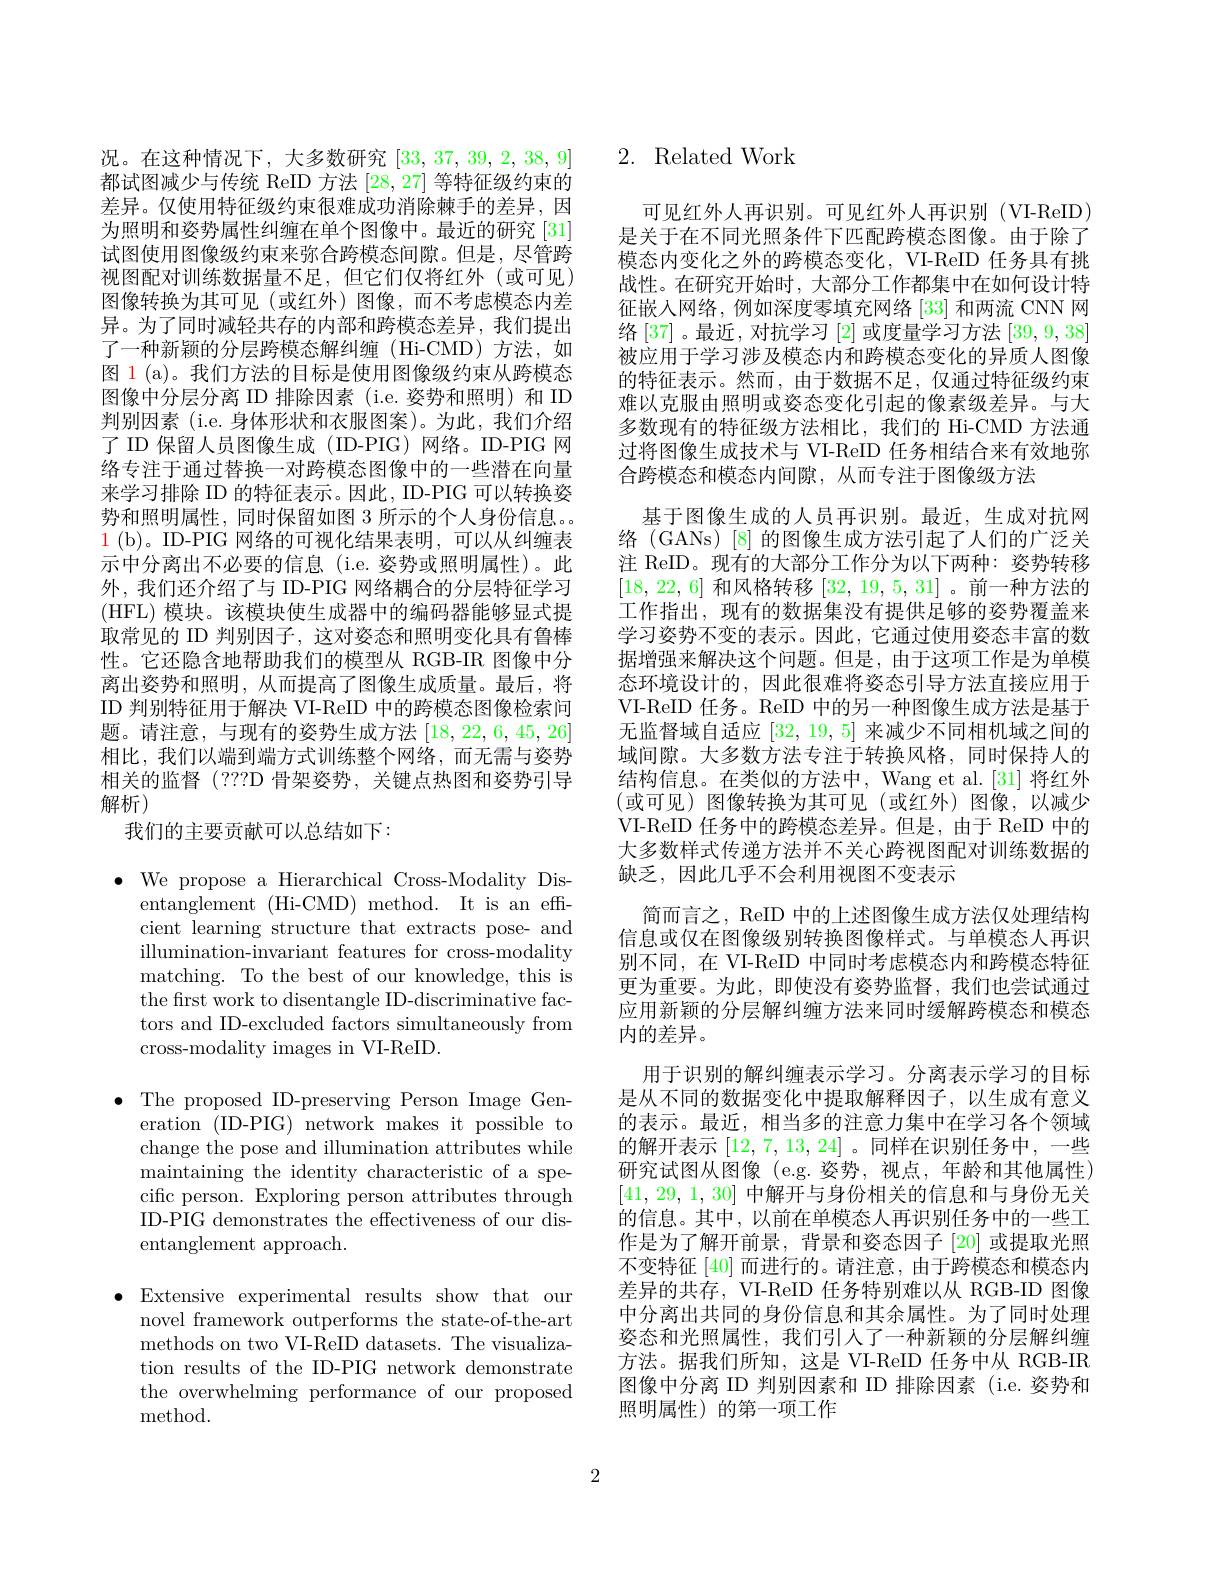
况。在这种情况下，大多数研究[33,37,39,2,38,9] 都试图减少与传统 ReID 方法[28,27]等特征级约束的差异。仅使用特征级约束很难成功消除棘手的差异，因为照明和姿势属性纠缠在单个图像中。最近的研究 [31] 试图使用图像级约束来弥合跨模态间隙。但是，尽管跨视图配对训练数据量不足，但它们仅将红外(或可见) 图像转换为其可见(或红外)图像，而不考虑模态内差异。为了同时减轻共存的内部和跨模态差异，我们提出了一种新颖的分层跨模态解纠缠(Hi-CMD)方法，如图 1 (a)。我们方法的目标是使用图像级约束从跨模态图像中分层分离 ID 排除因素 (i.e. 姿势和照明) 和 ID 判别因素 (i.e. 身体形状和衣服图案)。为此，我们介绍了 ID 保留人员图像生成 (ID-PIG) 网络。ID-PIG 网络专注于通过替换一对跨模态图像中的一些潜在向量来学习排除 ID 的特征表示。因此，ID-PIG 可以转换姿势和照明属性，同时保留如图 3 所示的个人身份信息。$\color{red}1$(b)。ID-PIG 网络的可视化结果表明，可以从纠缠表示中分离出不必要的信息(i.e.姿势或照明属性)。此外，我们还介绍了与 ID-PIG 网络耦合的分层特征学习(HFL) 模块。该模块使生成器中的编码器能够显式提取常见的 ID 判别因子，这对姿态和照明变化具有鲁棒性。它还隐含地帮助我们的模型从 RGB-IR 图像中分离出姿势和照明，从而提高了图像生成质量。最后，将ID 判别特征用于解决 VI-ReID 中的跨模态图像检索问题。请注意，与现有的姿势生成方法[18,22,6,45,26] 相比，我们以端到端方式训练整个网络，而无需与姿势相关的监督(???D 骨架姿势，关键点热图和姿势引导解析)
我们的主要贡献可以总结如下：

$\bullet$ We propose a Hierarchical Cross-Modality Dis-
entanglement (Hi-CMD) method. It is an effcient learning structure that extracts pose- and illumination-invariant features for cross-modality matching. To the best of our knowledge, this is the first work to disentangle ID-discriminative factors and ID-excluded factors simultaneously from cross-modality images in VI-ReID.

$\bullet$ The proposed ID-preserving Person Image Gen-
eration (ID-PIG) network makes it possible to change the pose and illumination attributes while maintaining the identity characteristic of a specific person. Exploring person attributes through ID-PIG demonstrates the effectiveness of our disentanglement approach.

$\bullet$ Extensive experimental results show that our
novel framework outperforms the state-of-the-art methods on two VI-ReID datasets. The visualization results of the ID-PIG network demonstrate the overwhelming performance of our proposed method.

# 2. Related Work

可见红外人再识别。可见红外人再识别(VI-ReID) 是关于在不同光照条件下匹配跨模态图像。由于除了模态内变化之外的跨模态变化，VI-ReID 任务具有挑战性。在研究开始时，大部分工作都集中在如何设计特征嵌入网络，例如深度零填充网络[33]和两流 CNN 网络[37]。最近，对抗学习[2]或度量学习方法[39,9,38] 被应用于学习涉及模态内和跨模态变化的异质人图像的特征表示。然而，由于数据不足，仅通过特征级约束难以克服由照明或姿态变化引起的像素级差异。与大多数现有的特征级方法相比，我们的 Hi-CMD 方法通过将图像生成技术与 VI-ReID 任务相结合来有效地弥合跨模态和模态内间隙，从而专注于图像级方法
基于图像生成的人员再识别。最近，生成对抗网络(GANs)[8]的图像生成方法引起了人们的广泛关注 ReID。现有的大部分工作分为以下两种：姿势转移[18,22,6]和风格转移[32,19,5,31] 。前一种方法的工作指出，现有的数据集没有提供足够的姿势覆盖来学习姿势不变的表示。因此，它通过使用姿态丰富的数据增强来解决这个问题。但是，由于这项工作是为单模态环境设计的，因此很难将姿态引导方法直接应用于VI-ReID 任务。ReID 中的另一种图像生成方法是基于无监督域自适应[32,19,5]来减少不同相机域之间的域间隙。大多数方法专注于转换风格，同时保持人的结构信息。在类似的方法中，Wang et al.[31] 将红外(或可见)图像转换为其可见(或红外)图像，以减少VI-ReID 任务中的跨模态差异。但是，由于 ReID 中的大多数样式传递方法并不关心跨视图配对训练数据的缺乏，因此几乎不会利用视图不变表示
简而言之，ReID 中的上述图像生成方法仅处理结构信息或仅在图像级别转换图像样式。与单模态人再识别不同，在 VI-ReID 中同时考虑模态内和跨模态特征更为重要。为此，即使没有姿势监督，我们也尝试通过应用新颖的分层解纠缠方法来同时缓解跨模态和模态内的差异。
用于识别的解纠缠表示学习。分离表示学习的目标是从不同的数据变化中提取解释因子，以生成有意义的表示。最近，相当多的注意力集中在学习各个领域的解开表示[12,7,13,24] 。同样在识别任务中，一些研究试图从图像 (e.g.姿势，视点，年龄和其他属性) [41,29,1,30]中解开与身份相关的信息和与身份无关的信息。其中，以前在单模态人再识别任务中的一些工作是为了解开前景，背景和姿态因子 [20] 或提取光照不变特征[40]而进行的。请注意，由于跨模态和模态内差异的共存，VI-ReID 任务特别难以从 RGB-ID 图像中分离出共同的身份信息和其余属性。为了同时处理姿态和光照属性，我们引人了一种新颖的分层解纠缠方法。据我们所知，这是 VI-ReID 任务中从 RGB-IR 图像中分离 ID 判别因素和 ID 排除因素 (i.e. 姿势和照明属性)的第一项工作

2